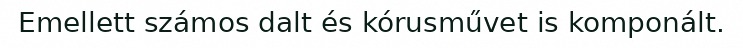
Emellett számos dalt és kórusművet is komponált.